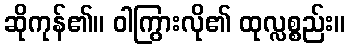
ဆိုကုန်၏။ ဝါကြွားလို၏ ထုလ္လစ္စည်း။